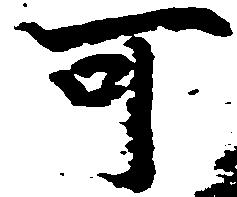
可